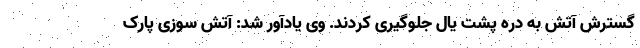
گسترش آتش به دره پشت یال جلوگیری کردند. وی یادآور شد: آتش سوزی پارک